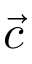
\vec { c }